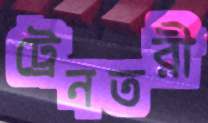
ট্রেনতরী